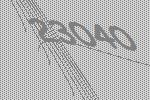
23040